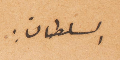
السلطان: